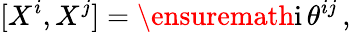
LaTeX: [X^{i},X^{j}]=\ensuremath{\mathrm{i}}\, \theta^{ij}\, ,